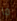
ما